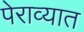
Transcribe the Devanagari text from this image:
पेराव्यात